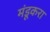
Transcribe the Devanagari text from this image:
मंडूकरा